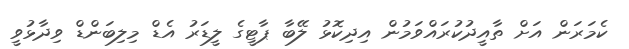
ކެމަރަން އަށް ތާއީދުކުރައްވަމުން އިދިކޮޅު ލޭބާ ޕާޓީގެ ލީޑަރު އެޑް މިލިބަންޑް ވިދާޅުވީ